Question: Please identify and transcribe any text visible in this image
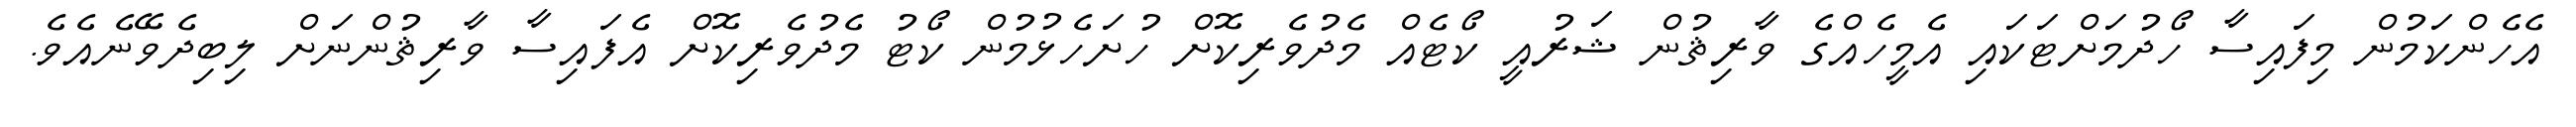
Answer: އެހެންކަމުން މިފައިސާ ހޯދުމަށްޓަކައި އެމީހެއްގެ ވާރިޘުން ޝަރުއީ ކޯޓެއް މެދުވެރިކޮށް ހުށަހެޅުމުން ކޯޓު މެދުވެރިކޮށް އެފައިސާ ވާރިޘުންނަށް ލިބިދެވޭނެއެވެ.